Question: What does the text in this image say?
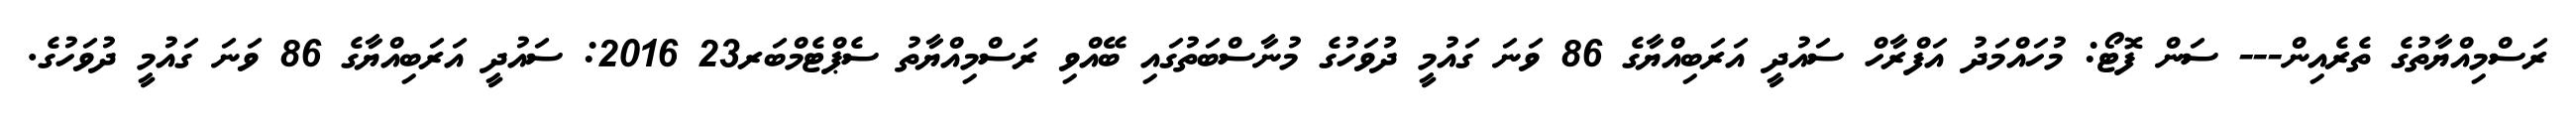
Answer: ރަސްމިއްޔާތުގެ ތެރެއިން--- ސަން ފޮޓޯ: މުހައްމަދު އަފްރާހް ސައުދީ އަރަބިއްޔާގެ 86 ވަނަ ގައުމީ ދުވަހުގެ މުނާސްބަތުގައި ބޭއްވި ރަސްމިއްޔާތު ސެޕްޓެމްބަރ23 2016: ސައުދީ އަރަބިއްޔާގެ 86 ވަނަ ގައުމީ ދުވަހުގެ.